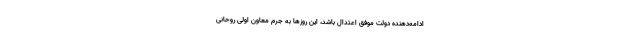
ادامه‌دهنده دولت موفق اعتدال باشد، این روزها به جرم معاون اولی روحانی